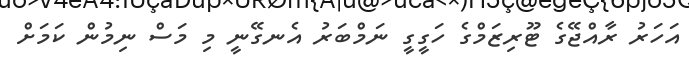
އަހަރު ރާއްޖޭގެ ޓޫރިޒަމްގެ ހަގީގީ ނަމްބަރު އެނގޭނީ މި މަސް ނިމުން ކަމަށް